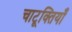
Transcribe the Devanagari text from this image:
चाटूक्तियाँ